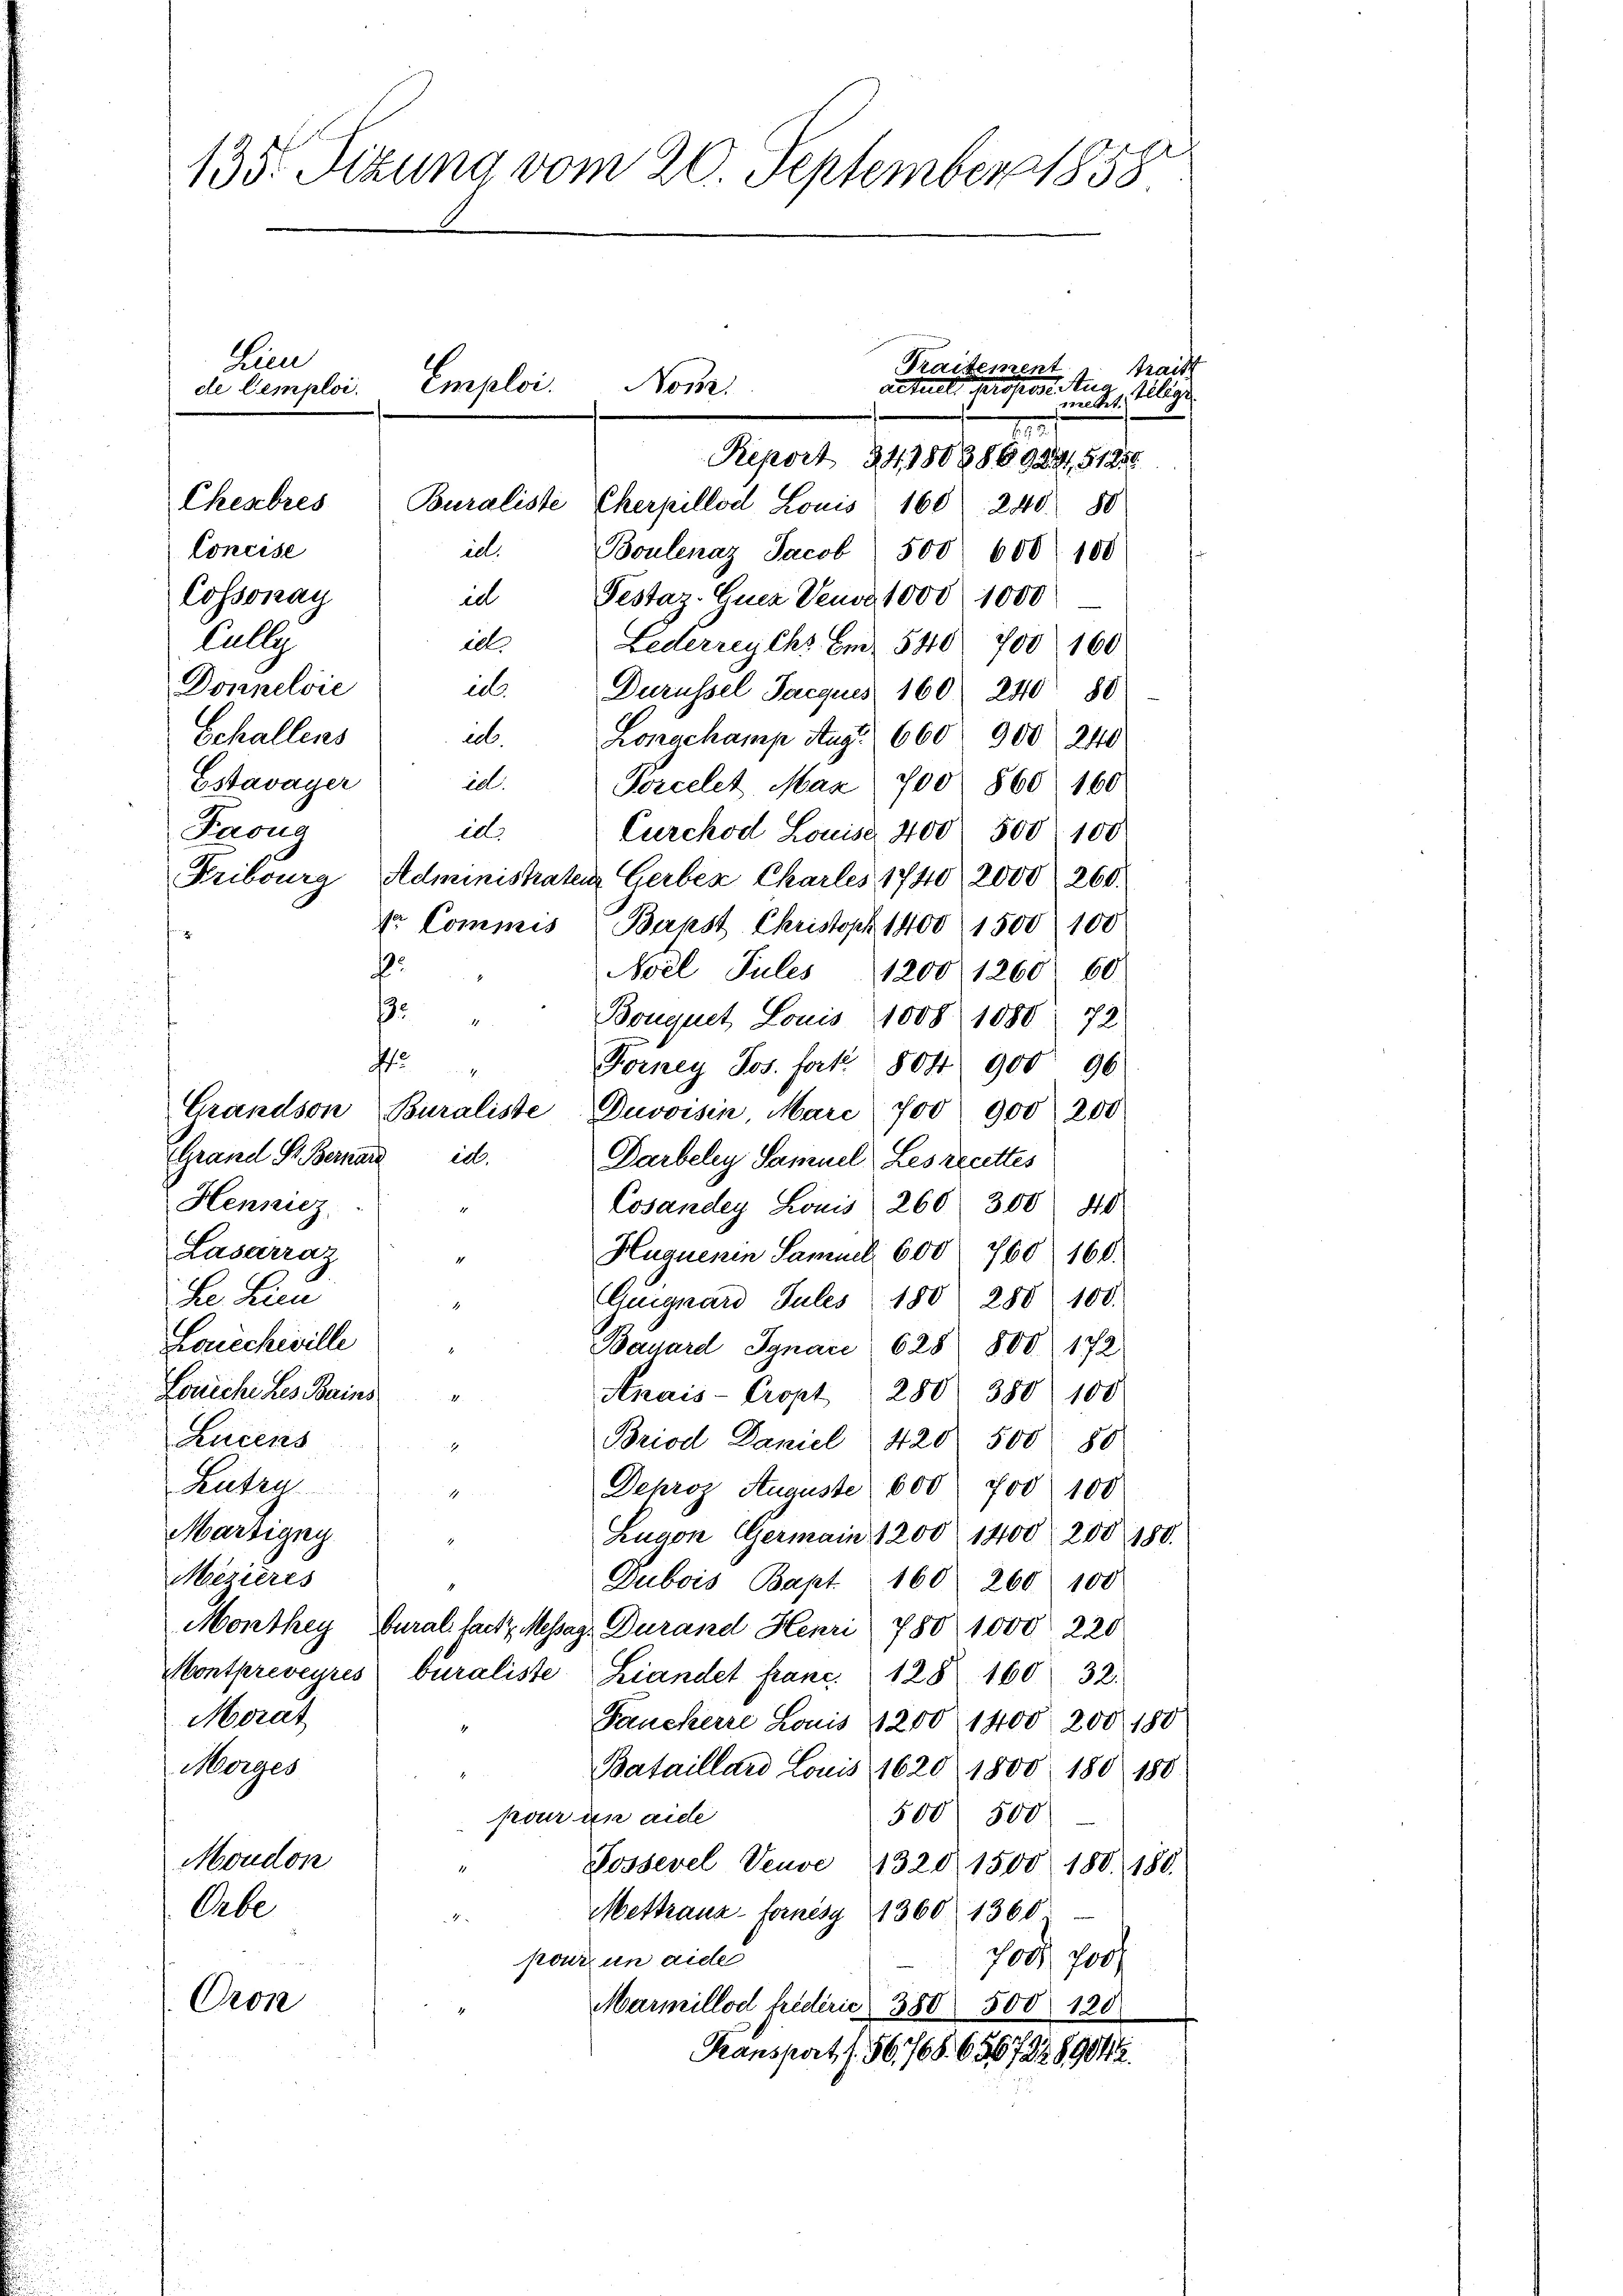
2

i
Grandson Buraliste Duvoisin Marc 700 900 200
Grand St. Bernard ich.
Darbeley Samuel Les recettes
Hennicz
Cosander Louis 260 300 40.
Lasarraz
Huguenin Samuel 600 760 160.
Dr. Lan
Guiguard Jules 180 250 100.
Larchiville
Bauard Jgnaci 628 800. 172
Losiche Les Bains
Anais-Cropt 280. 380. 100
1.
Lucens
Briod Daniel 420 500 80
Rutzg
Dehroz Auguste 600 700 100
Martigny
Lugon Germain 1200 1400 200 180.
Mezières
Dubois Bapt. 160 260 100
Monthey, Cural faitz, Messag Durand Henri 780 1000 220
Montpreveyres buraliste Landet franc 128. 160 32.
Morat
Fauckerre Louis 200 1400, 200, 180
Merger
Bataillard Louis 1620 1800. 180 180
pour an aide
500 500
Moudon
Possevel Veuve 1320 1500 180. 180.
Orbe
Mestrang-Fornésy 1360 1360.
pour un aide
100, 200f
Oron
Marmillod friderie 380 500 120
Transport (56,768. 65672289012

135. Sizung vom 20. September 1858
Lien
Traitement
Braiss
actuel, Profess. Aus
de temploi. Emploi.
mittet, illige
7
Report 34. 180988923,51250
Chebres
Buraliste Cherpillod Louis 160: 240 50
Concise
id.
Boulenaz Jacob 500 600 100
Cossonay
Pestar. Euer Jena 1000 1000
e
Cully
idt.
Lederreychs Fr. 540 700 160
Donnelvie
in. Durüssel Jacques 160) 240 80
Echallens
e.
Longchamp Aug. 660 900 240
id.
Estavayer
Porcelet, Max 700 860. 160
Paoug
id.
Curckod Louise 400 500 100
Fribourg, Administraten Gerber Charles 1740 2000 260.
tr. Commis Barpst Christoph 1400 1500 100
.
Aoel Jules 1200 1260. 60
9
Bouquet Louis 1008 1080. 72
Forney Jos. fort. 804 900 96
d

Nonz: